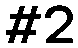
#2